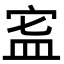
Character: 𥁗